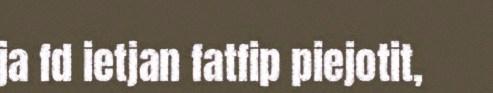
ja fd ietjan fatfip piejotit,